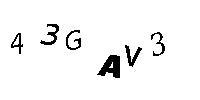
42GAV3